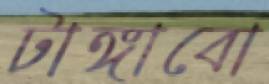
টাঙ্গাবো